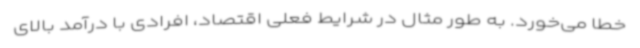
خطا می‌خورد. به طور مثال در شرایط فعلی اقتصاد، افرادی با درآمد بالای